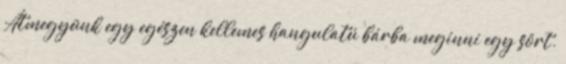
Átmegyünk egy egészen kellemes hangulatú bárba meginni egy sört.